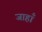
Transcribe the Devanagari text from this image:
जाहाँ